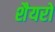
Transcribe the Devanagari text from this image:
शैयरों